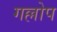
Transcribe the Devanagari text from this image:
गल्लोप